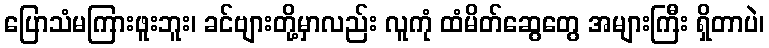
ပြောသံမကြားဖူးဘူး၊ ခင်ဗျားတို့မှာလည်း လူကုံ ထံမိတ်ဆွေတွေ အများကြီး ရှိတာပဲ၊